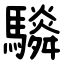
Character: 䮼